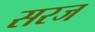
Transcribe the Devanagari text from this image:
सरज